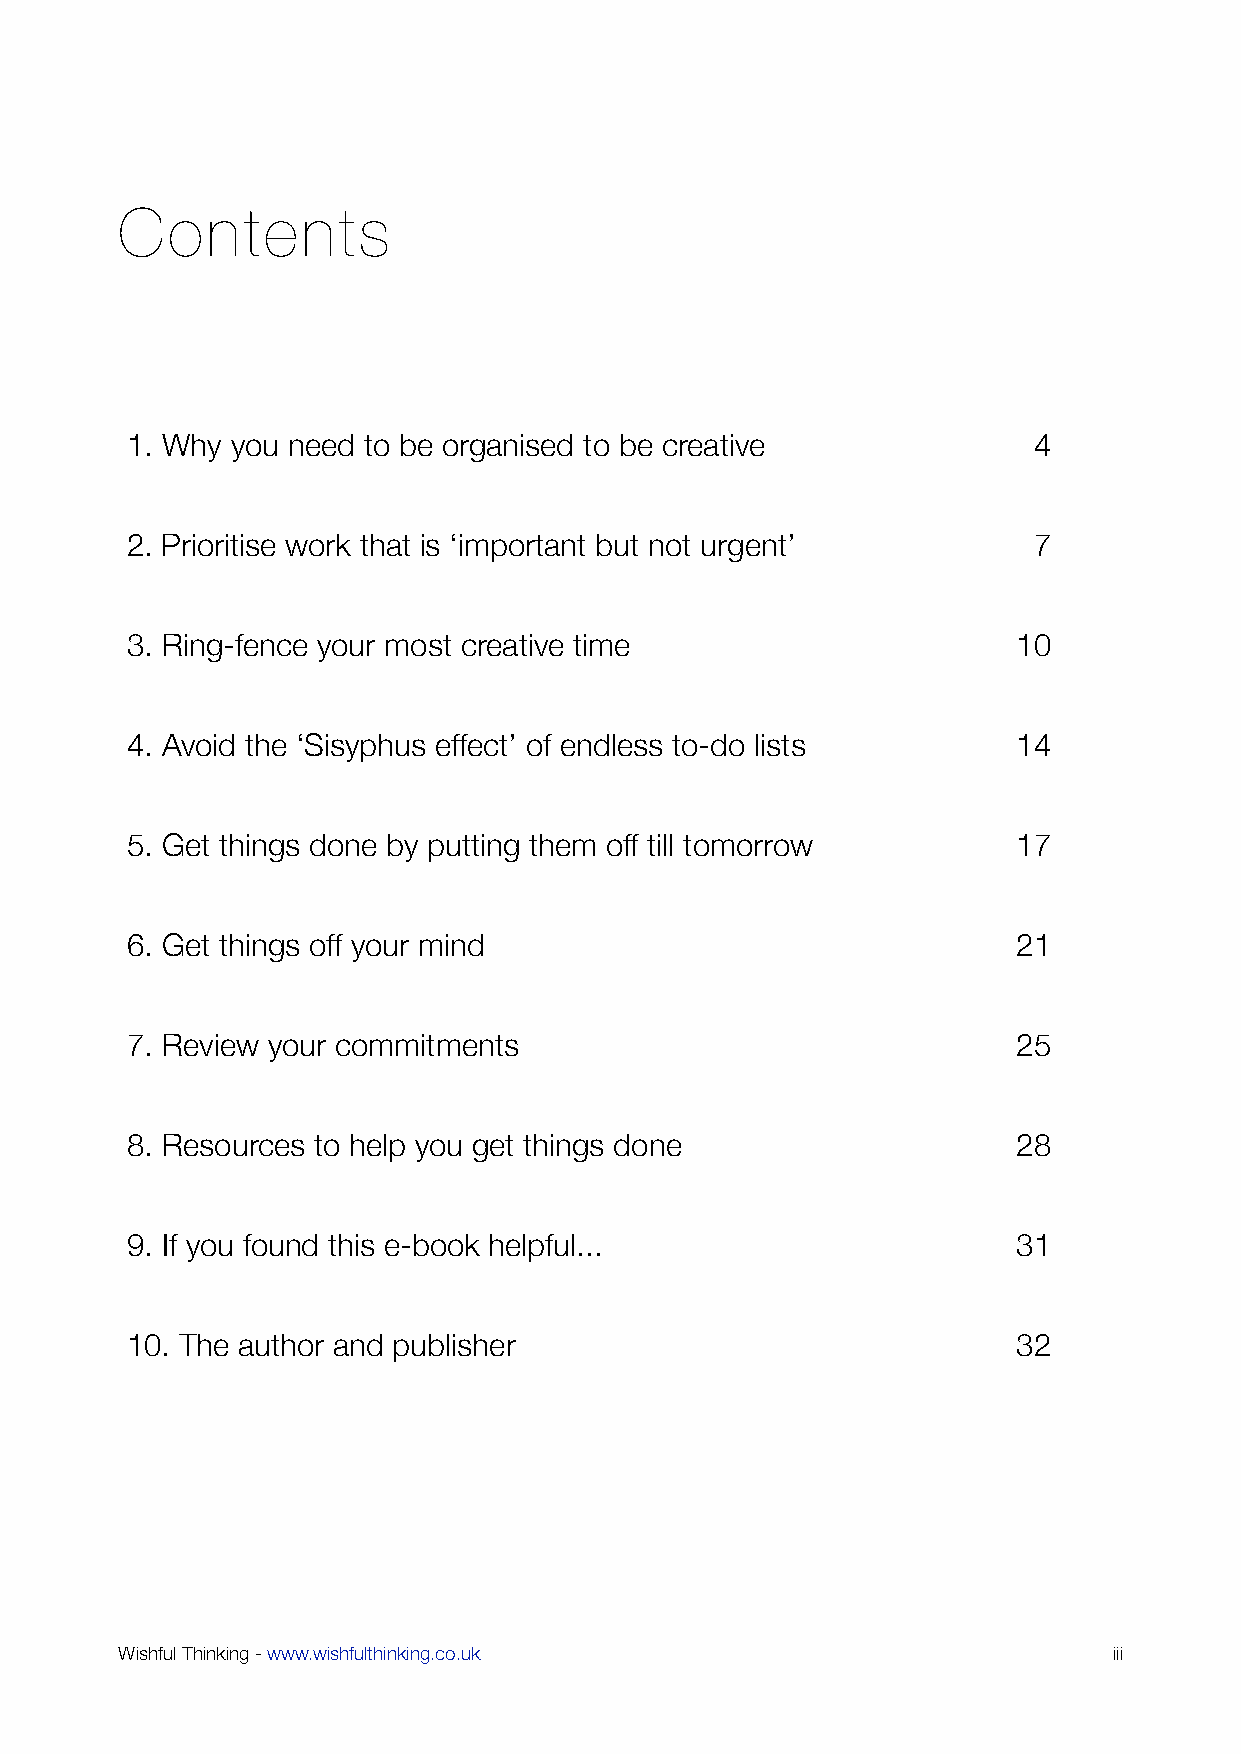
Contents
 1. Why you need to be organised to be creative              4
 2. Prioritise work that is ‘important but not urgent’       7
 3. Ring-fence your most creative time                      10
 4. Avoid the ‘Sisyphus effect’ of endless to-do lists      14
 5. Get things done by putting them off till tomorrow       17
 6. Get things off your mind                                21
 7. Review your commitments                                 25
 8. Resources to help you get things done                   28
 9. If you found this e-book helpful...                     31
 10. The author and publisher                               32
 Wishful Thinking - www.wishfulthinking.co.uk                      iii